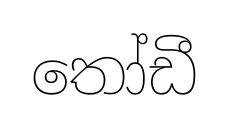
තෝඩී